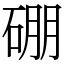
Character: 硼